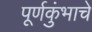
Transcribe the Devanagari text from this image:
पूर्णकुंभाचे